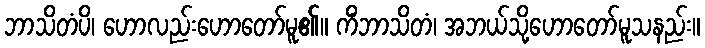
ဘာသိတံပိ၊ ဟောလည်းဟောတော်မူ၏။ ကိံဘာသိတံ၊ အဘယ်သို့ဟောတော်မူသနည်း။